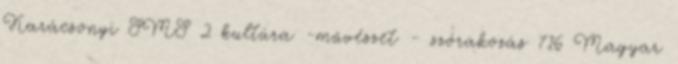
Karácsonyi SMS 2 kultúra -művészet - szórakozás 716 Magyar